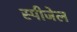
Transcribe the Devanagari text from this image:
स्पीजेल